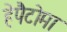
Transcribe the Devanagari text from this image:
हेपैटोमा